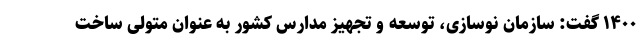
۱۴۰۰ گفت: سازمان نوسازی، توسعه و تجهیز مدارس کشور به عنوان متولی ساخت